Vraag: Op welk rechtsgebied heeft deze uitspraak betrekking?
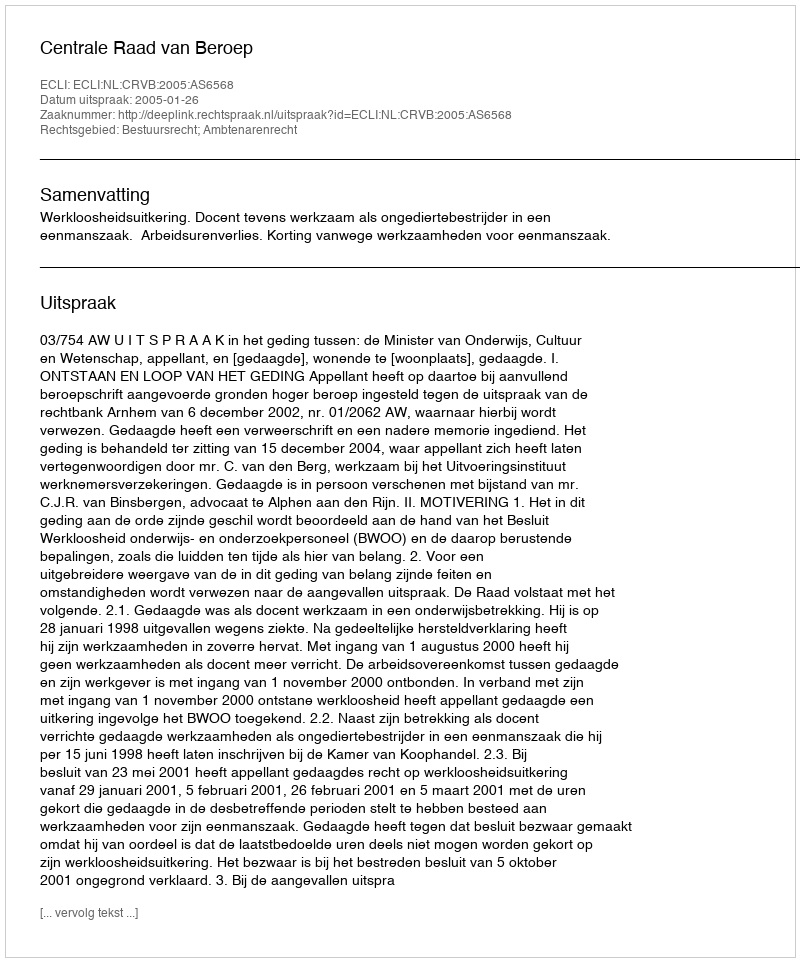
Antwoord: Bestuursrecht; Ambtenarenrecht